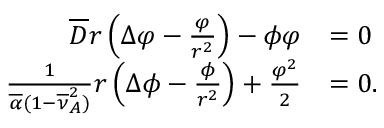
\begin{array} { r l } { \overline { { D } } r \left( \Delta \varphi - \frac { \varphi } { r ^ { 2 } } \right) - \phi \varphi } & { = 0 } \\ { \frac { 1 } { \overline { { \alpha } } ( 1 - \overline { { \nu } } _ { A } ^ { 2 } ) } r \left( \Delta \phi - \frac { \phi } { r ^ { 2 } } \right) + \frac { \varphi ^ { 2 } } { 2 } } & { = 0 . } \end{array}